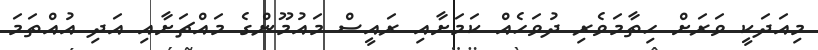
މިއަދަކީ ވަރަށް ހިތާމަވެރި ދުވަހެއް ކަމަށާއި ރައީސް މައުމޫންގެ މައްޗަށާއި އަދި އުއްތަމަ